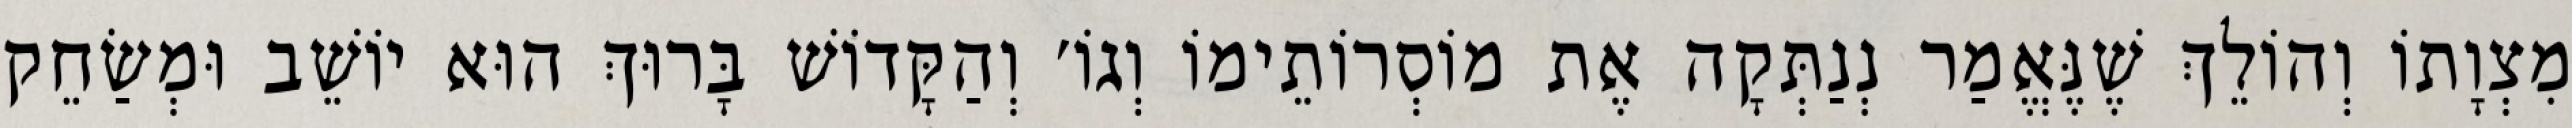
מִצְוָתוֹ וְהוֹלֵךְ שֶׁנֶּאֱמַר נְנַתְּקָה אֶת מוֹסְרוֹתֵימוֹ וְגוֹ׳ וְהַקָּדוֹשׁ בָּרוּךְ הוּא יוֹשֵׁב וּמְשַׂחֵק